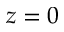
z = 0